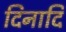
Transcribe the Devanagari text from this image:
दिनादि